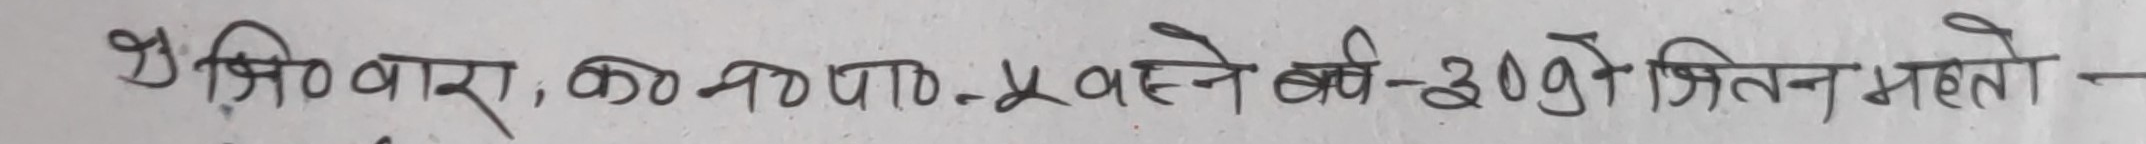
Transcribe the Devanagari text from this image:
श्रिजिकेवार, को प्र०पा० य बस्ने बर्ष-३०९ जितन मेहता -